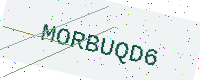
Text: MORBUQD6